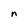
Character: n